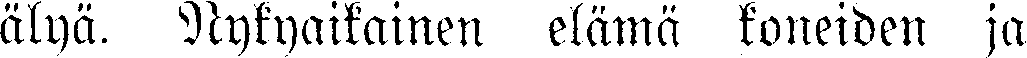
älyä. Nykyaikainen elämä koneiden ja